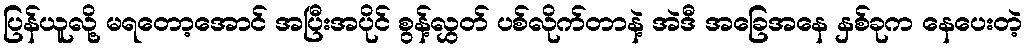
ပြန်ယူလို့ မရတော့အောင် အပြီးအပိုင် စွန့်လွှတ် ပစ်လိုက်တာနဲ့ အဲဒီ အခြေအနေ နှစ်ခုက နေပေးတဲ့